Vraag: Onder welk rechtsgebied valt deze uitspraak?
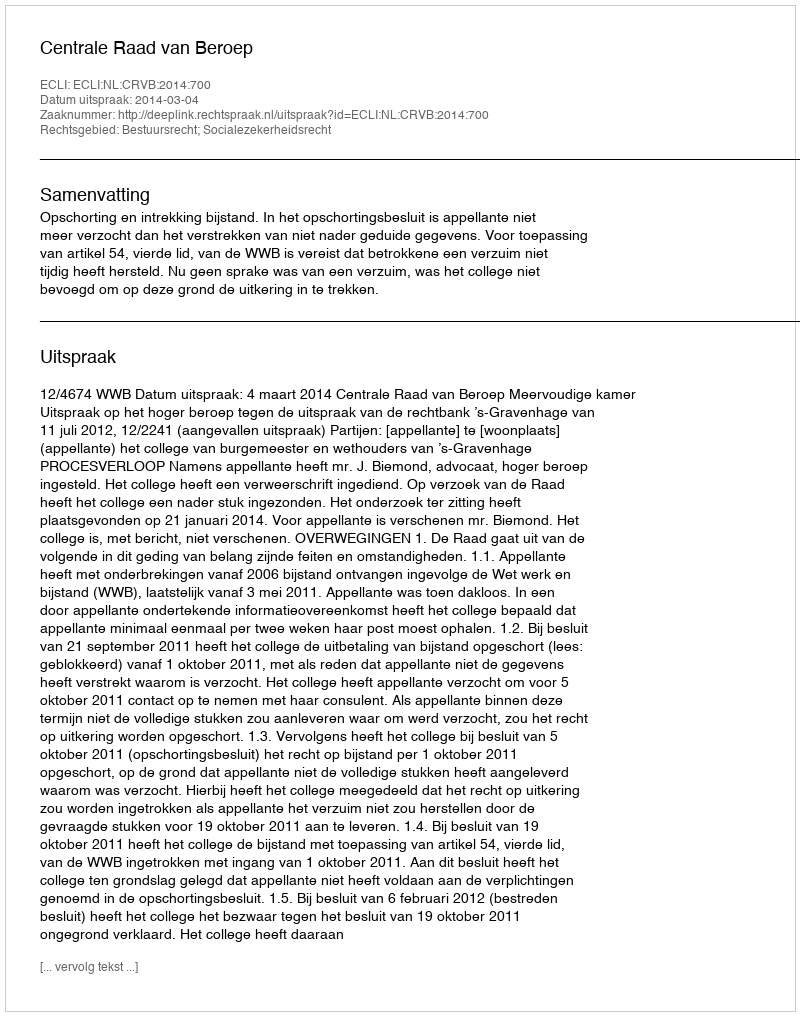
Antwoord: Bestuursrecht; Socialezekerheidsrecht